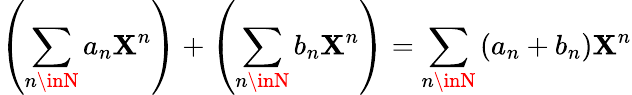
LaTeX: \left(\sum_{n\inN}a_{n}\mathbf{X}^{n}\right)+\left(\sum_{n\inN}b_{n}\mathbf{X}^{n}\right)=\sum_{n\inN}\left(a_{n}+b_{n}\right)\mathbf{X}^{n}